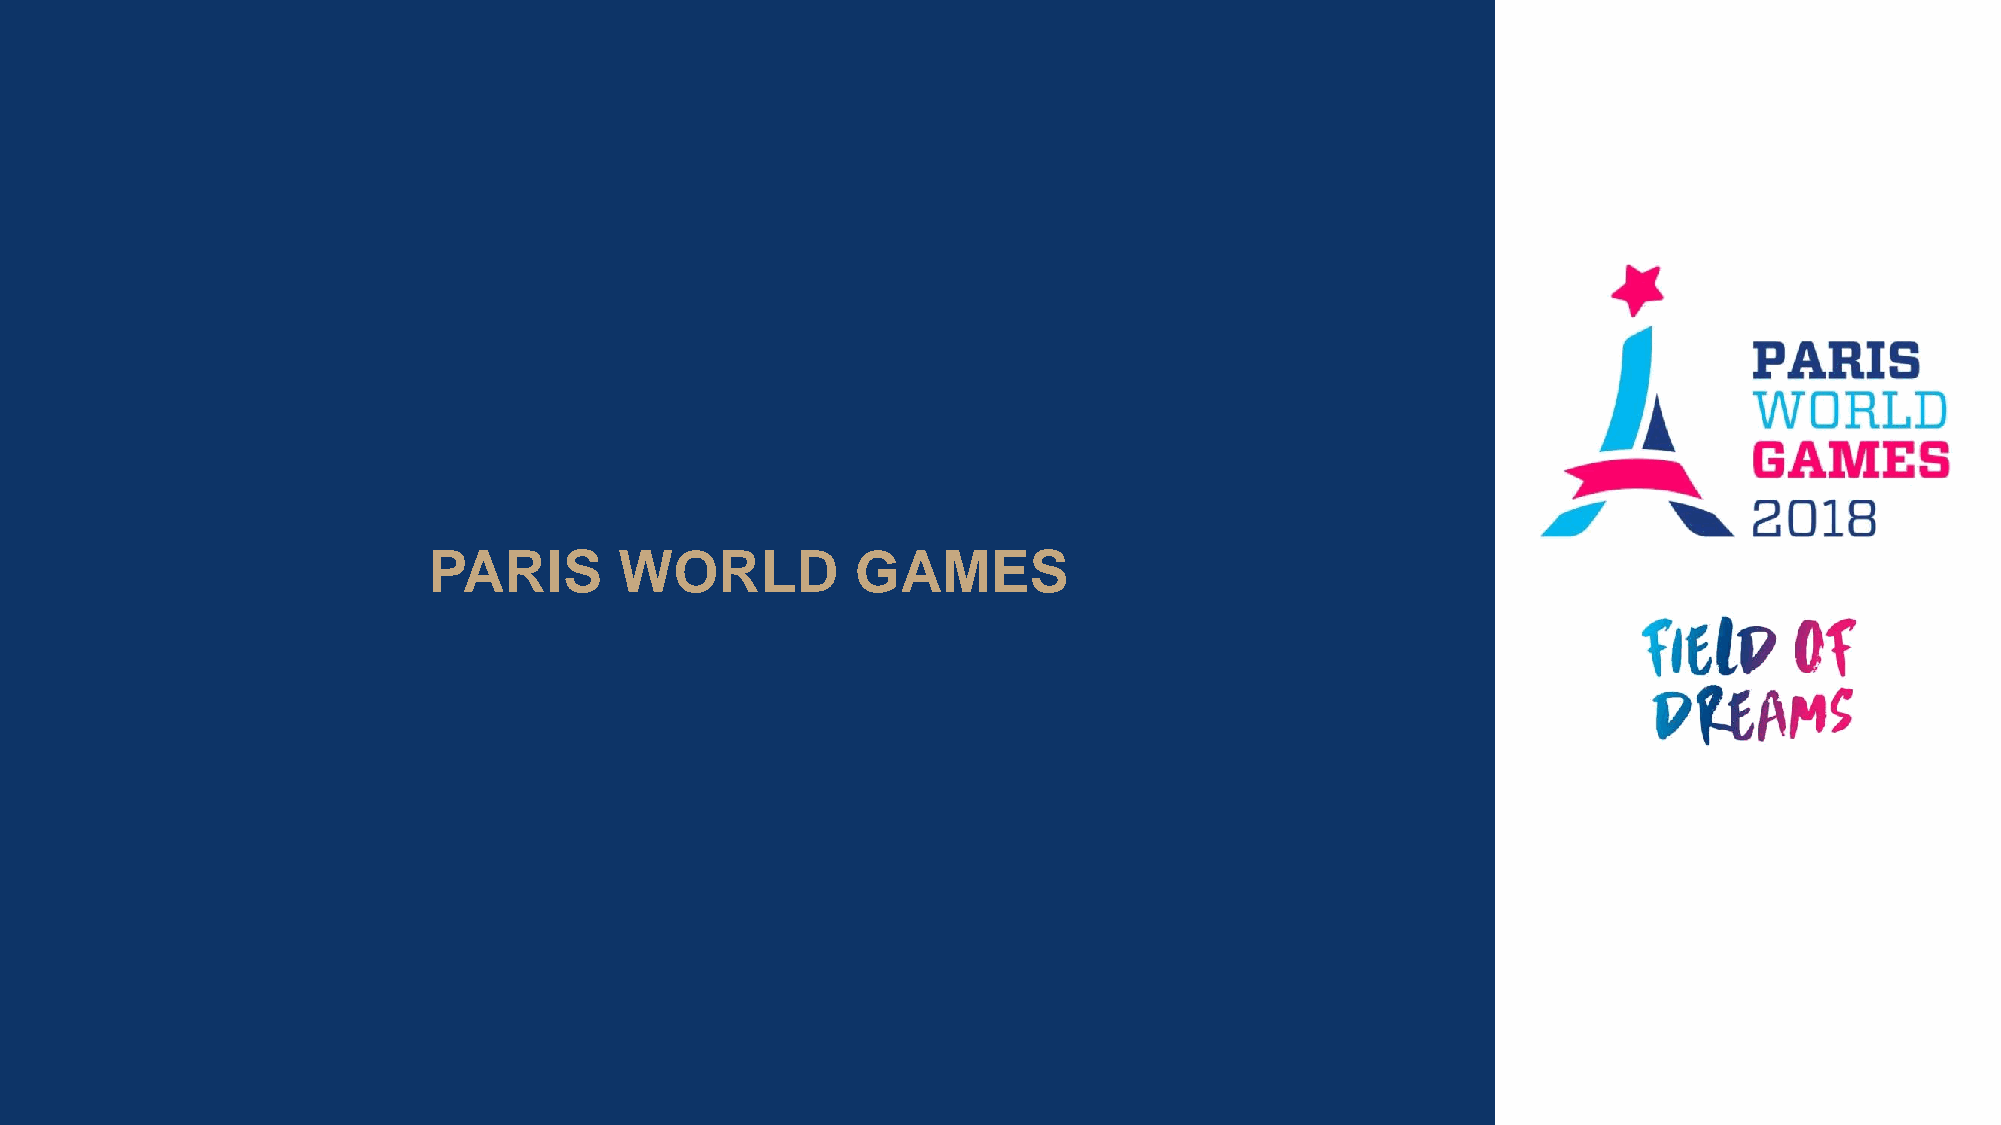
PARIS        WORLD           GAMES